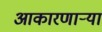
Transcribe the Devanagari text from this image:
आकारणार्‍या